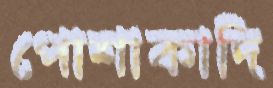
পোশাকাদি